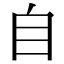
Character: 自